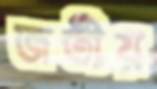
জতীয়